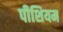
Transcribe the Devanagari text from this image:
पीशियम